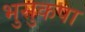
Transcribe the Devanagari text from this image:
भुसुकपा